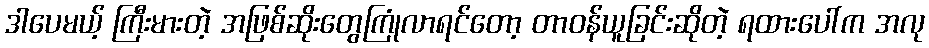
ဒါပေမယ့် ကြီးမားတဲ့ အဖြစ်ဆိုးတွေကြုံလာရင်တော့ တာဝန်ယူခြင်းဆိုတဲ့ ရထားပေါ်က အလု